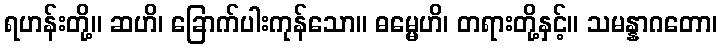
ရဟန်းတို့။ ဆဟိ၊ ခြောက်ပါးကုန်သော။ ဓမ္မေဟိ၊ တရားတို့နှင့်။ သမန္နာဂတော၊